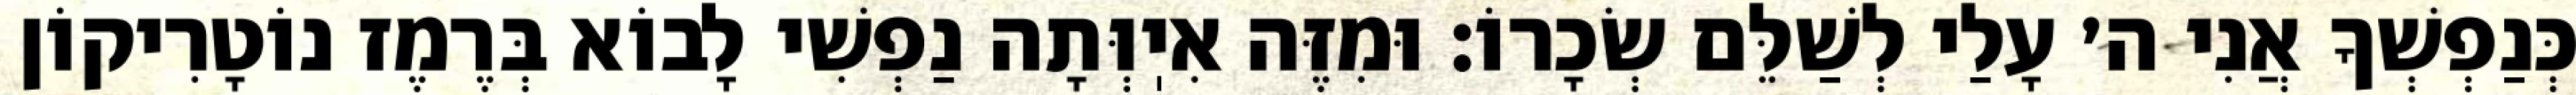
כְּנַפְשְׁךָ אֲנִי ה׳ עָלַי לְשַׁלֵּם שְׂכָרוֹ: וּמִזֶּה אִיֽוְּתָה נַפְשִׁי לָבוֹא בְּרֶמֶז נוֹטָרִיקוֹן